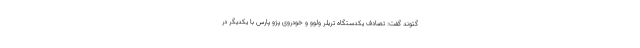
گتوند گفت: تصادف یکدستگاه تریلر ولوو و خودروی پژو پارس با یکدیگر در